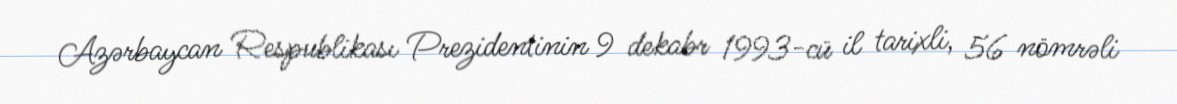
Azərbaycan Respublikası Prezidentinin 9 dekabr 1993-cü il tarixli, 56 nömrəli